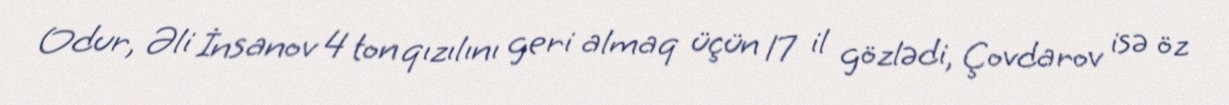
Odur, Əli İnsanov 4 ton qızılını geri almaq üçün 17 il gözlədi, Çovdarov isə öz